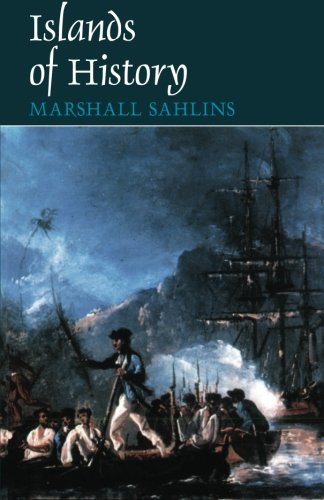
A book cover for Islands of History [Paperback] [1987] (Author) Marshall Sahlins; History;